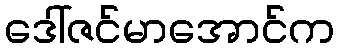
ဒေါ်ဇင်မာအောင်က